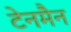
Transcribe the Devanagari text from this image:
टेनमैन